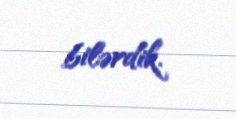
bilərdik.